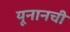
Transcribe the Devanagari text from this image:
यूनानची